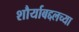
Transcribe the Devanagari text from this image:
शौर्याबद्दलच्या